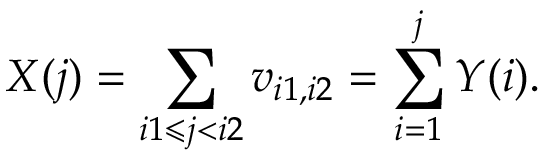
X ( j ) = \sum _ { i 1 \leqslant j < i 2 } v _ { i 1 , i 2 } = \sum _ { i = 1 } ^ { j } Y ( i ) .